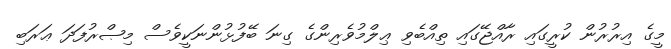
މީގެ އިރުރުން ކުރީގައި ރާއްޖޭގައި ތިއްބެވި ޢިލްމުވެރިންގެ ގިނަ ބޭފުޅުންނަކީވެސް މިޞްރުފަދަ ޢަރަބި